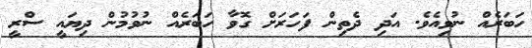
ހަބަރެއް ނުވިއެވެ. އަދި ދެތިން ފަހަރަށް ގޮވާ ހަބަރެއް ނުވުމުން ދިޔައީ ސްރީ